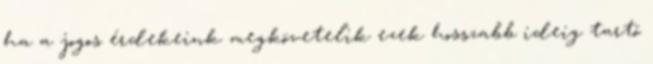
ha a jogos érdekeink megkövetelik ezek hosszabb ideig tartó